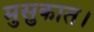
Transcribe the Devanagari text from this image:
मुसुकात।